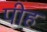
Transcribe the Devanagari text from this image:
पीह